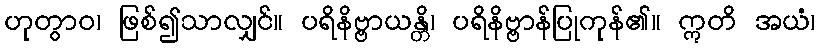
ဟုတွာဝ၊ ဖြစ်၍သာလျှင်။ ပရိနိဗ္ဗာယန္တိ၊ ပရိနိဗ္ဗာန်ပြုကုန်၏။ ဣတိ အယံ၊